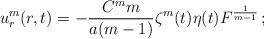
LaTeX: \begin{align*}u^m_r(r, t)=-\frac{C^m m}{a(m-1)}\zeta^m(t) \eta(t) F^{\frac 1{m-1}}\,;\end{align*}